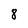
Character: 8